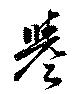
譽